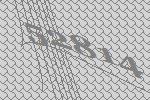
52814